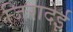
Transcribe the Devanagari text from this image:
जिरादेई